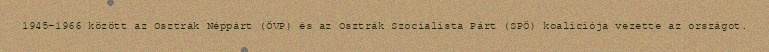
1945–1966 között az Osztrák Néppárt (ÖVP) és az Osztrák Szocialista Párt (SPÖ) koalíciója vezette az országot.